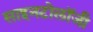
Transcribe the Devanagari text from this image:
साइनटोलॉजी